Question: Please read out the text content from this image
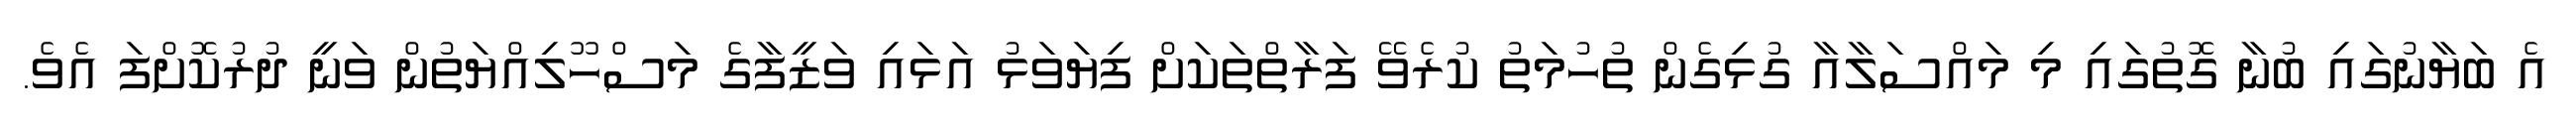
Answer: އެ ބަޔާނުގައި ބުނާ ގޮތުގައި މި މައްސަލާއާ ގުޅިގެން ތުހުމަތު ކުރެވޭ ފަރާތްތަކަށް ފިޔަވަޅު އަޅައި ވަޒީފާގެ މަސްހޫލިއްޔަތުން ވަނީ ދުރުކޮށްފަ އެވެ.